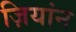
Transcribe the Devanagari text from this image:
ज़ियांन